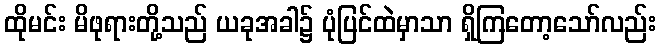
ထိုမင်း မိဖုရားတို့သည် ယခုအခါ၌ ပုံပြင်ထဲမှာသာ ရှိကြတော့သော်လည်း